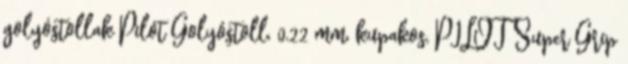
golyóstollak Pilot Golyóstoll, 0,22 mm, kupakos, PILOT Super Grip